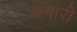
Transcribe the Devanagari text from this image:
कँवारी